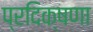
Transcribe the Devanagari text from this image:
प्रदिक्षणा